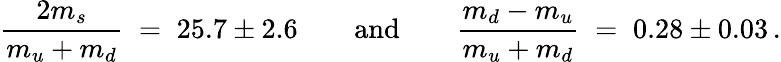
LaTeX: \frac{2m_{s}}{m_{u}+m_{d}}\; =\; 25.7\pm 2.6\qquad\mathrm{and}\qquad\frac{m_{d}-m_{u}}{m_{u}+m_{d}}\; =\; 0.28\pm 0.03\, .